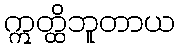
ဣတ္ထိဘူတာယ